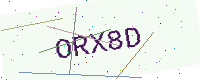
Text: ORX8D